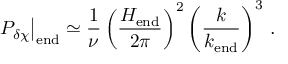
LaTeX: \left. { \cal P } _ { \delta \chi } \right| _ { \mathrm { e n d } } \simeq \frac { 1 } { \nu } \left( \frac { H _ { \mathrm { e n d } } } { 2 \pi } \right) ^ { 2 } \left( \frac { k } { k _ { \mathrm { e n d } } } \right) ^ { 3 } \, .